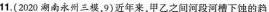
11.(2020湖南永州三模，9)近年来，甲乙之间河段河槽下蚀的趋